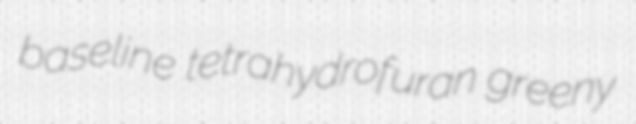
baseline tetrahydrofuran greeny